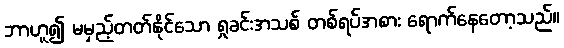
ဘာဟူ၍ မမှည့်တတ်နိုင်သော ရှုခင်းအသစ် တစ်ရပ်အစား ရောက်နေတော့သည်။